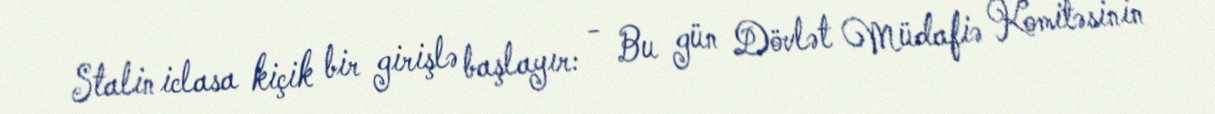
Stalin iclasa kiçik bir girişlə başlayır: - Bu gün Dövlət Müdafiə Komitəsinin